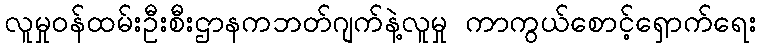
လူမှုဝန်ထမ်းဦးစီးဌာနကဘတ်ဂျက်နဲ့လူမှု ကာကွယ်စောင့်ရှောက်ရေး